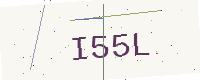
Text: I55L